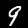
Digit: 9